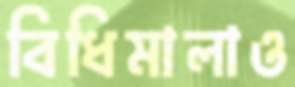
বিধিমালাও